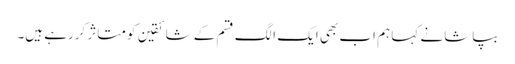
بپاشا نے کہا ہم اب بھی ایک الگ قسم کے شائقین کو متاثر کررہے ہیں۔